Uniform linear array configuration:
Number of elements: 8
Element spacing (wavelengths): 0.5
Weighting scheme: exponential
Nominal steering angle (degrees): -45
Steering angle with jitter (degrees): -46.993
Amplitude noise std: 0.05
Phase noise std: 0.05

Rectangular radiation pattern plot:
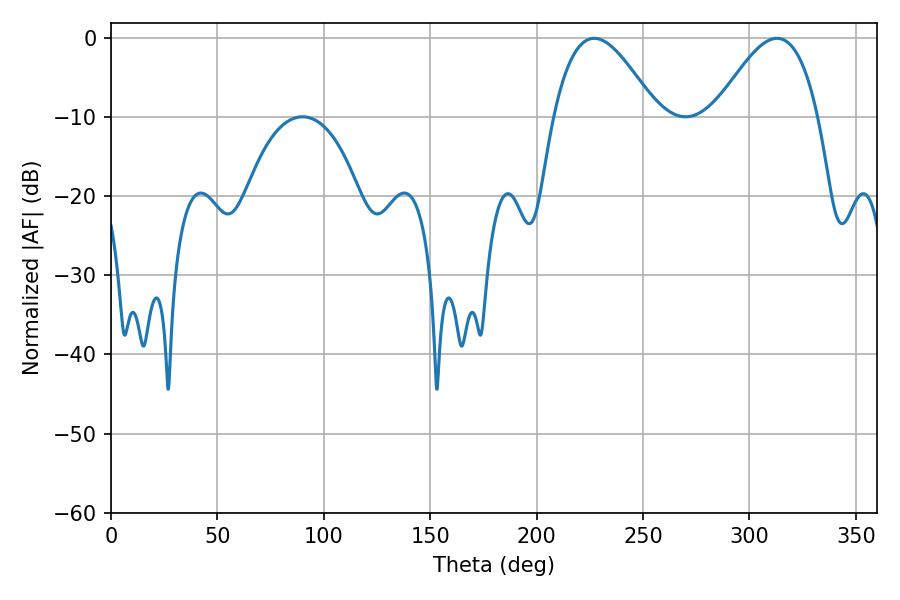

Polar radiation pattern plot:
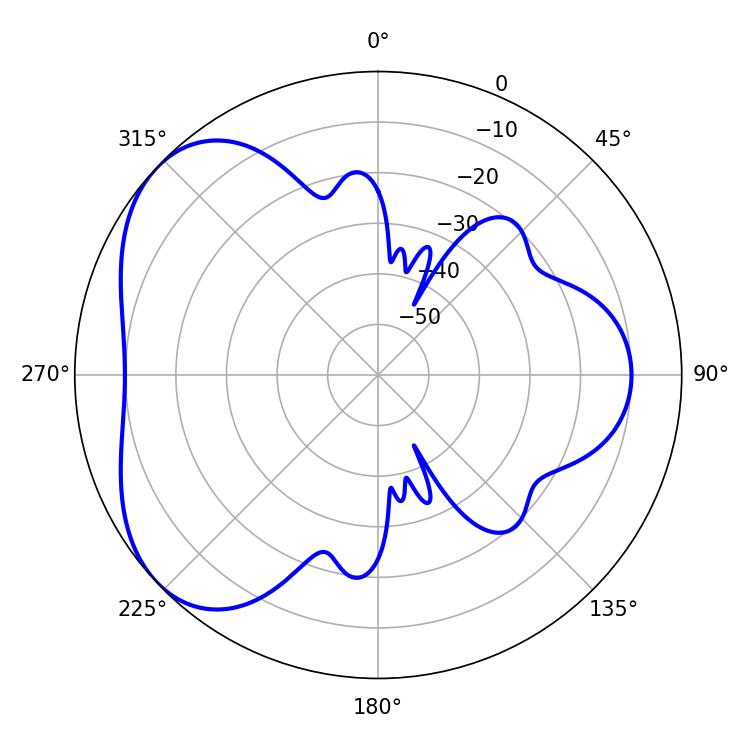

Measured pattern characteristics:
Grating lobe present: FALSE
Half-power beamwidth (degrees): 26.1
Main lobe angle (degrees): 226.98